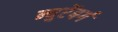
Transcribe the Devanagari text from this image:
न्युरेंबर्ग